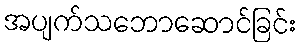
အပျက်သဘောဆောင်ခြင်း